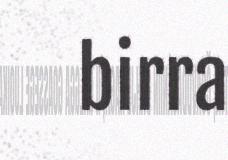
birra